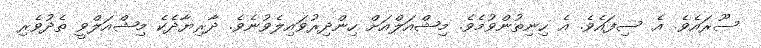
ސޫރައެވެ. އެ ސިފައެވެ. އެ ހިނިތުންވުމެވެ. މިޝްއަލްއަށް ހިންދިރުވައިލެވުނެވެ. ދާރިޔާދެކެ މިޝްއަލްވީ ތެދުވެރި